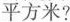
平方米?